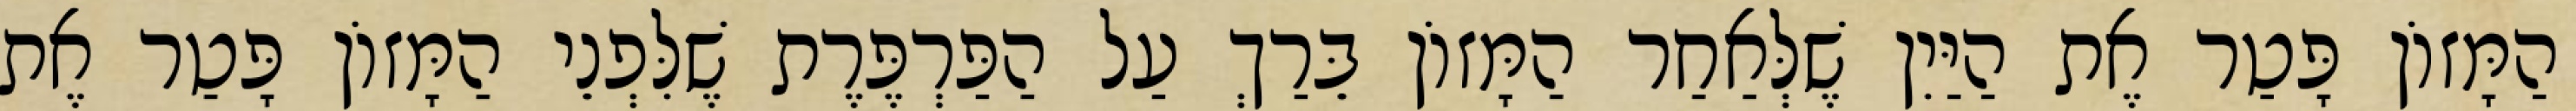
הַמָּזוֹן פָּטַר אֶת הַיַּיִן שֶׁלְּאַחַר הַמָּזוֹן בֵּרַךְ עַל הַפַּרְפֶּרֶת שֶׁלִּפְנֵי הַמָּזוֹן פָּטַר אֶת